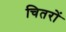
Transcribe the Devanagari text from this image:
चितरों